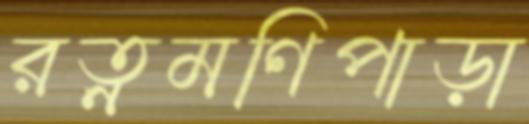
রত্নমণিপাড়া